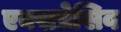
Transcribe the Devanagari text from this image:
एक्सप्रेसिव